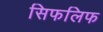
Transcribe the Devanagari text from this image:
सिफलिफ